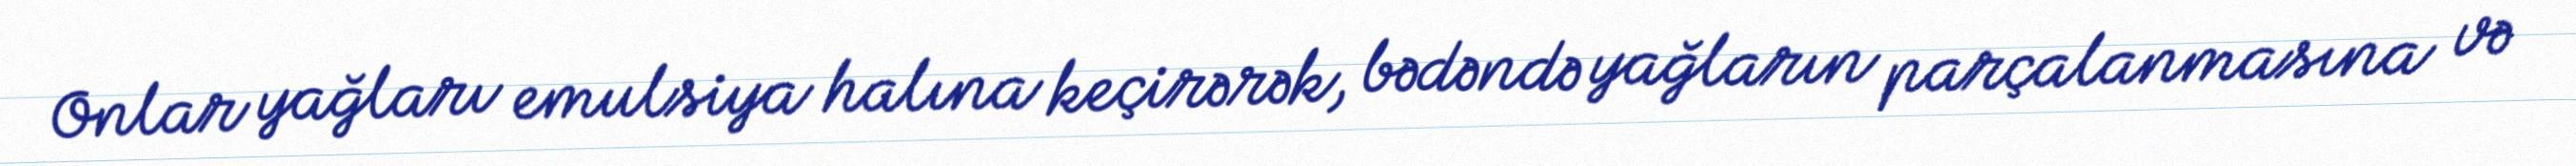
Onlar yağları emulsiya halına keçirərək, bədəndə yağların parçalanmasına və